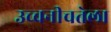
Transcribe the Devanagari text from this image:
उच्चनीचतेला